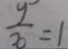
\frac { y } { 3 } = 1